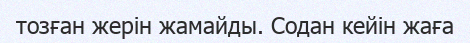
тозған жерін жамайды. Содан кейін жаға